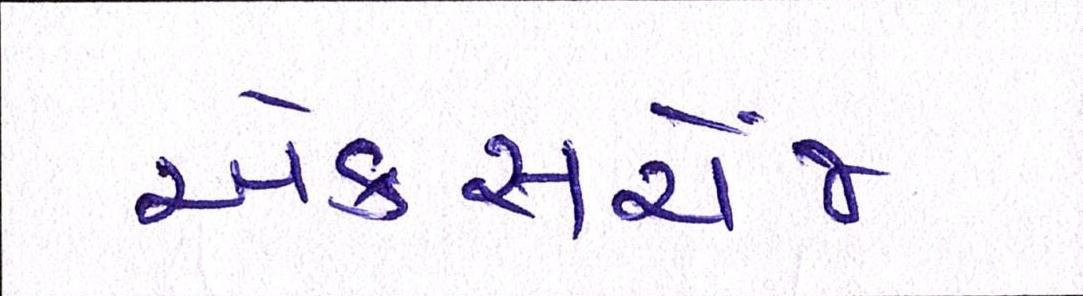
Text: એક્સચેંજ